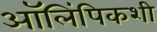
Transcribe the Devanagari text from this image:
ऑलिंपिकशी